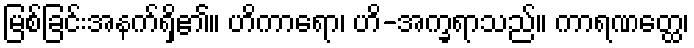
မြစ်ခြင်းအနက်ရှိ၏။ ဟိကာရော၊ ဟိ-အက္ခရာသည်။ ကာရဏတ္ထေ၊